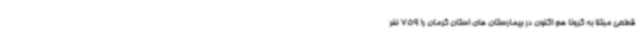
قطعی مبتلا به کرونا هم اکنون در بیمارستان های استان کرمان را 759 نفر